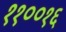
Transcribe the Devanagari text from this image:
११००१६